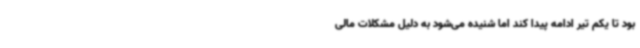
بود تا یکم تیر ادامه پیدا کند اما شنیده می‌شود به دلیل مشکلات مالی